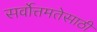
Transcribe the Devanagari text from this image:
सर्वोत्तमतेसाठी